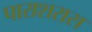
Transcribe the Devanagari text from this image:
पाराशरास